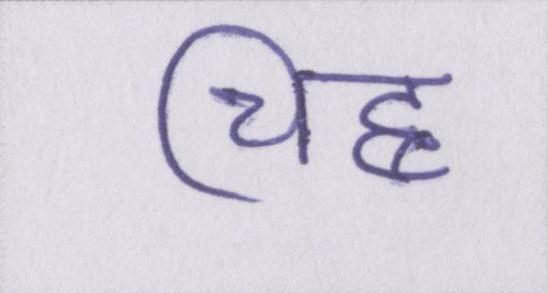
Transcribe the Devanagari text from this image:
चिह्न